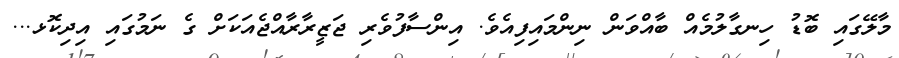
މާލޭގައި ބޮޑު ހިނގާލުމެއް ބާއްވަން ނިންމައިފިއެވެ. އިންސާފުވެރި ޖަޒީރާރާއްޖެއަކަށް ގެ ނަމުގައި އިދިކޮޅ...